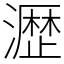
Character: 𤁋